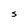
Character: S